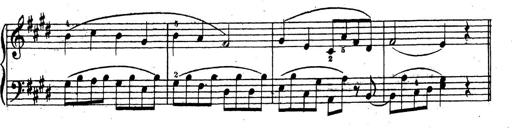
Title: 10 Sonatinas
Composer: Fritz Spindler